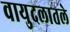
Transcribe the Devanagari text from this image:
वायुदलातले